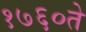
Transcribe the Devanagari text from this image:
१७६०ते